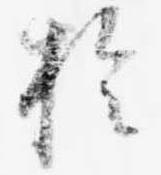
於